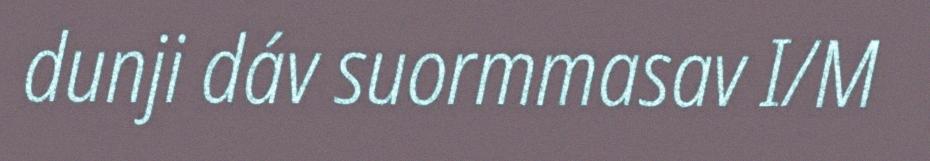
dunji dáv suormmasav I/M